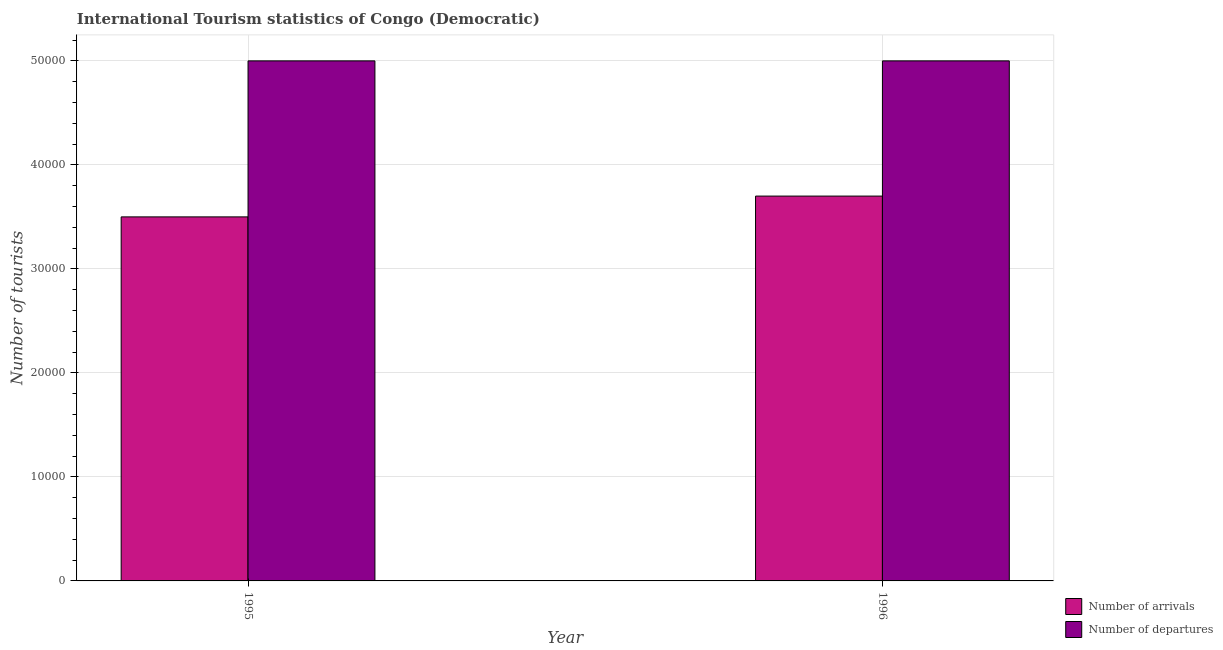
| Year | Number of arrivals | Number of departures |
 | --- | --- | --- |
 | 1995 | 3.5e+04 | 5e+04 |
 | 1996 | 3.7e+04 | 5e+04 |